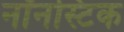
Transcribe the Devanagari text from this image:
नॉनस्टिक